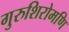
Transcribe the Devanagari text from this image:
गुरुशिरोमणि